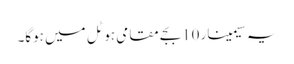
یہ سیمینار 10بجے مقامی ہوٹل میں ہوگا۔